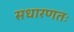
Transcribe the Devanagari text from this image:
सधारणतः